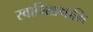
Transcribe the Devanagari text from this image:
स्वामिन्नमामि